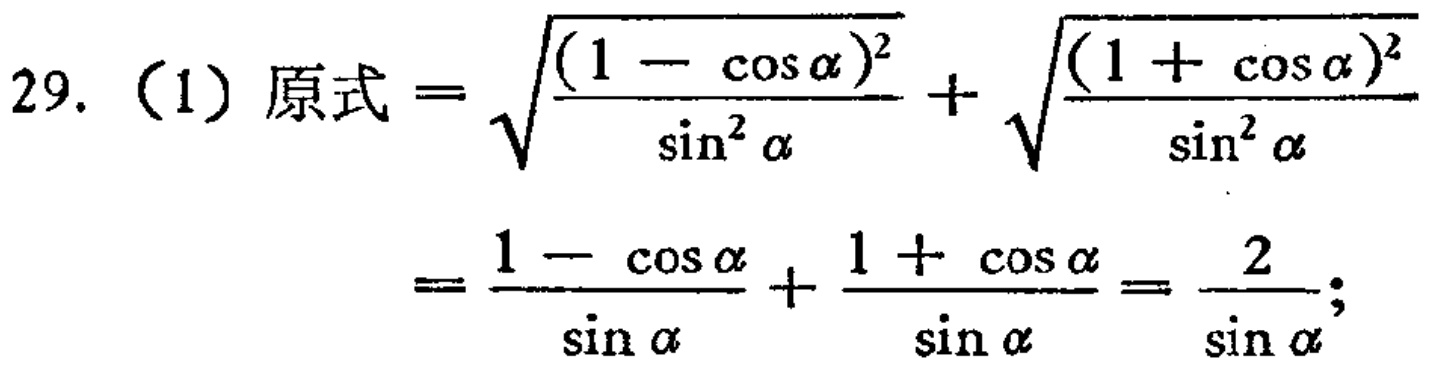
29.（1）原式$=\sqrt{\frac{(1 - \cos\alpha)^2}{\sin^2\alpha}}+\sqrt{\frac{(1 + \cos\alpha)^2}{\sin^2\alpha}}$

$=\frac{1 - \cos\alpha}{\sin\alpha}+\frac{1 + \cos\alpha}{\sin\alpha}=\frac{2}{\sin\alpha};$